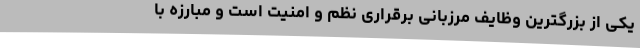
یکی از بزرگترین وظایف مرزبانی برقراری نظم و امنیت است و مبارزه با